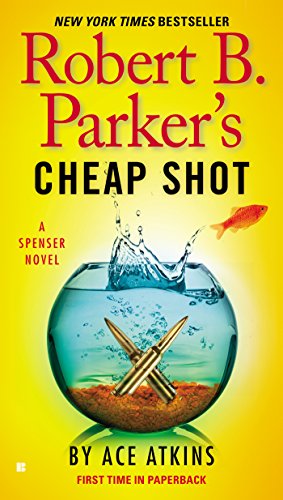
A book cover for Robert B. Parker's Cheap Shot (Spenser); Ace Atkins; Mystery, Thriller & Suspense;